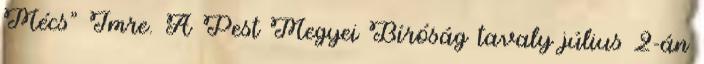
Mécs" Imre. A Pest Megyei Bíróság tavaly július 2-án